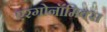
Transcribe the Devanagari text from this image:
एरगोनॉमिक्स